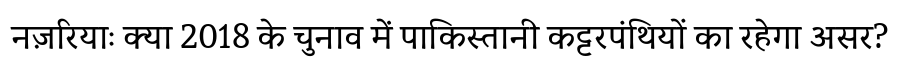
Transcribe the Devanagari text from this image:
नज़रियाः क्या 2018 के चुनाव में पाकिस्तानी कट्टरपंथियों का रहेगा असर?